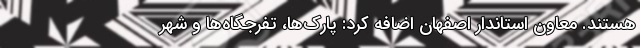
هستند. معاون استاندار اصفهان اضافه کرد: پارک‌ها، تفرجگاه‌ها و شهر